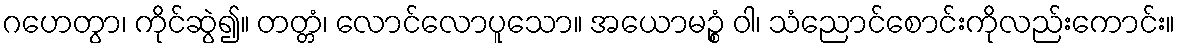
ဂဟေတွာ၊ ကိုင်ဆွဲ၍။ တတ္တံ၊ လောင်လောပူသော။ အယောမဉ္စံ ဝါ၊ သံညောင်စောင်းကိုလည်းကောင်း။